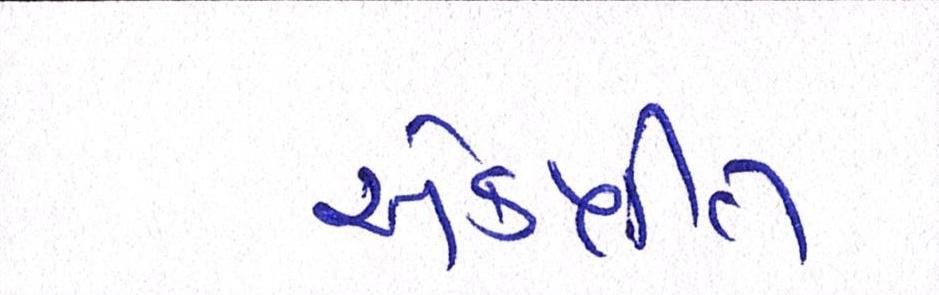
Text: એકત્રીત